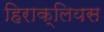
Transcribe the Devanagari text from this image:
हिराक्लियस